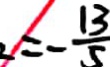
= - \frac { 1 3 } { 5 }